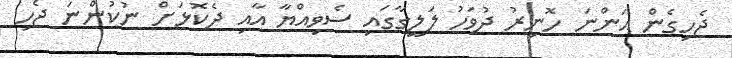
ޖެހިގެން އަންނަ ހޮނިރު ދުވަހު ލަލީގާގައި ސެވިއްޔާ އާއި ދެކޮޅަށް ނުކުންނަ ޖެހި